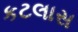
કટલાસ